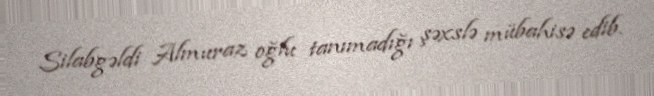
Silabgəldi Almuraz oğlu tanımadığı şəxslə mübahisə edib.